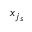
{ x } _ { j _ { s } }